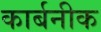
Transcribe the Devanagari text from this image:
कार्बनीक